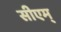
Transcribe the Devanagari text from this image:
सीएम्